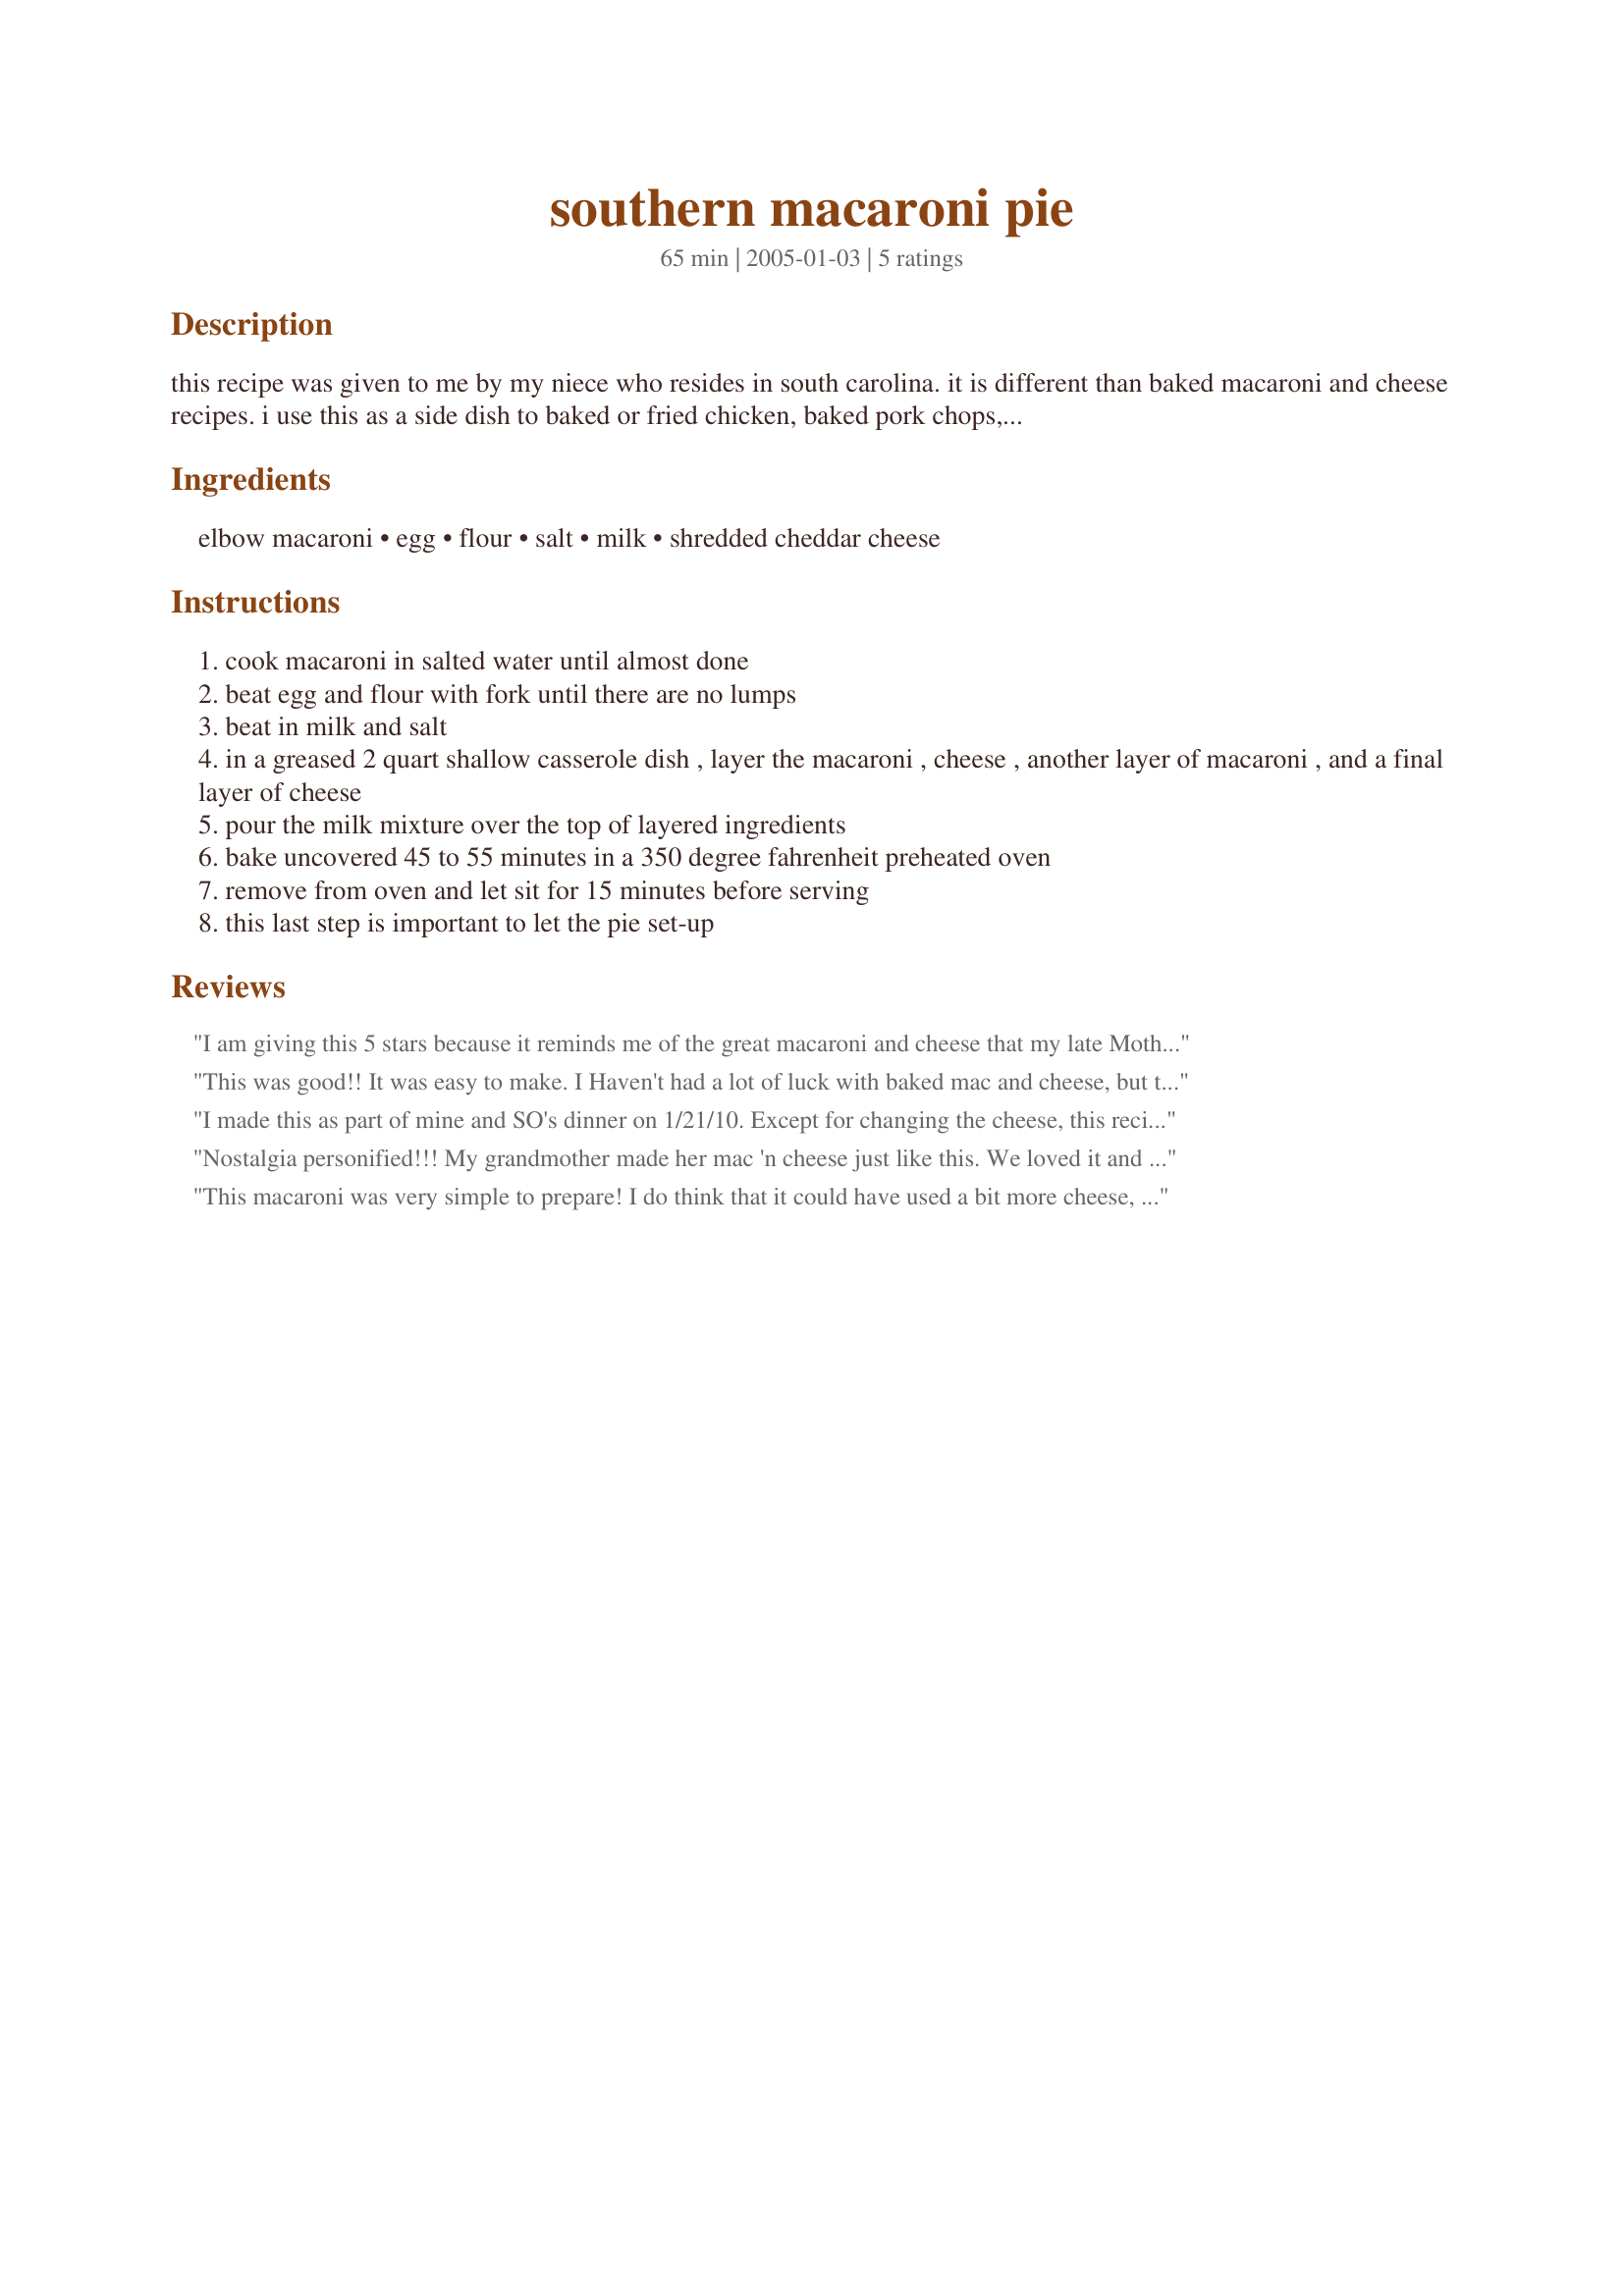
southern macaroni pie
Preparation time: 65 minutes

this recipe was given to me by my niece who resides in south carolina. it is different than baked macaroni and cheese recipes. i use this as a side dish to baked or fried chicken, baked pork chops, kielbasa, or just about anything. it is an alternate to having the traditional potatoes at most meals. you will find this recipe is quick to put together and calls for a minimal number of ingredients. leftovers can be reheated in a microwave.

Ingredients:
elbow macaroni, egg, flour, salt, milk, shredded cheddar cheese

Steps:
cook macaroni in salted water until almost done
beat egg and flour with fork until there are no lumps
beat in milk and salt
in a greased 2 quart shallow casserole dish , layer the macaroni , cheese , another layer of macaroni , and a final layer of cheese
pour the milk mixture over the top of layered ingredients
bake uncovered 45 to 55 minutes in a 350 degree fahrenheit preheated oven
remove from oven and let sit for 15 minutes before serving
this last step is important to let the pie set-up

Reviews:
I am giving this 5 stars because it reminds me of the great macaroni and cheese that my late Mother use to make. It was very easy to prepare. 

Thanks Sandylee.

Bullwinkle.


This was good!! It was easy to make. I Haven't had a lot of luck with baked mac and cheese, but this came out fine. I think it could have used just a little bit more milk to make it a little bit creamier. I will use this recipe again when I want mac and cheese. Thanks for sharing your recipe. Made for PAC Spring '08
I made this as part of mine and SO's dinner on 1/21/10. Except for changing the cheese, this recipe was made as it was written. For the cheese, a blend of white and yellow chedders were used. After putting on the final layer of cheese, a bit of pepper was sprinkle over the top. This dish was baked for 45 minutes and rested for 15 minutes. After baking and " resting ", it seemed like the egg/ milk mixture looked a bit on the "curdled " side. I thought it was just " o.k. ", but my SO seemed to really enjoy it. So, for that I give this a 4 star rating. Thanks for posting and, " Keep Smiling :) "
Nostalgia personified!!! My grandmother made her mac 'n cheese just like this. We loved it and will be making it regularly. It was so creamy and cheesy and yummy. It also reheats well in the microwave. Thanks for listing this recipe!!
This macaroni was very simple to prepare! I do think that it could have used a bit more cheese, or maybe a creamier cheese, like muenster. Overall, this was a good side dish mac n cheese!
